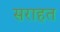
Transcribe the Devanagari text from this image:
सराहत